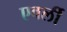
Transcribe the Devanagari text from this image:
एवर्ली